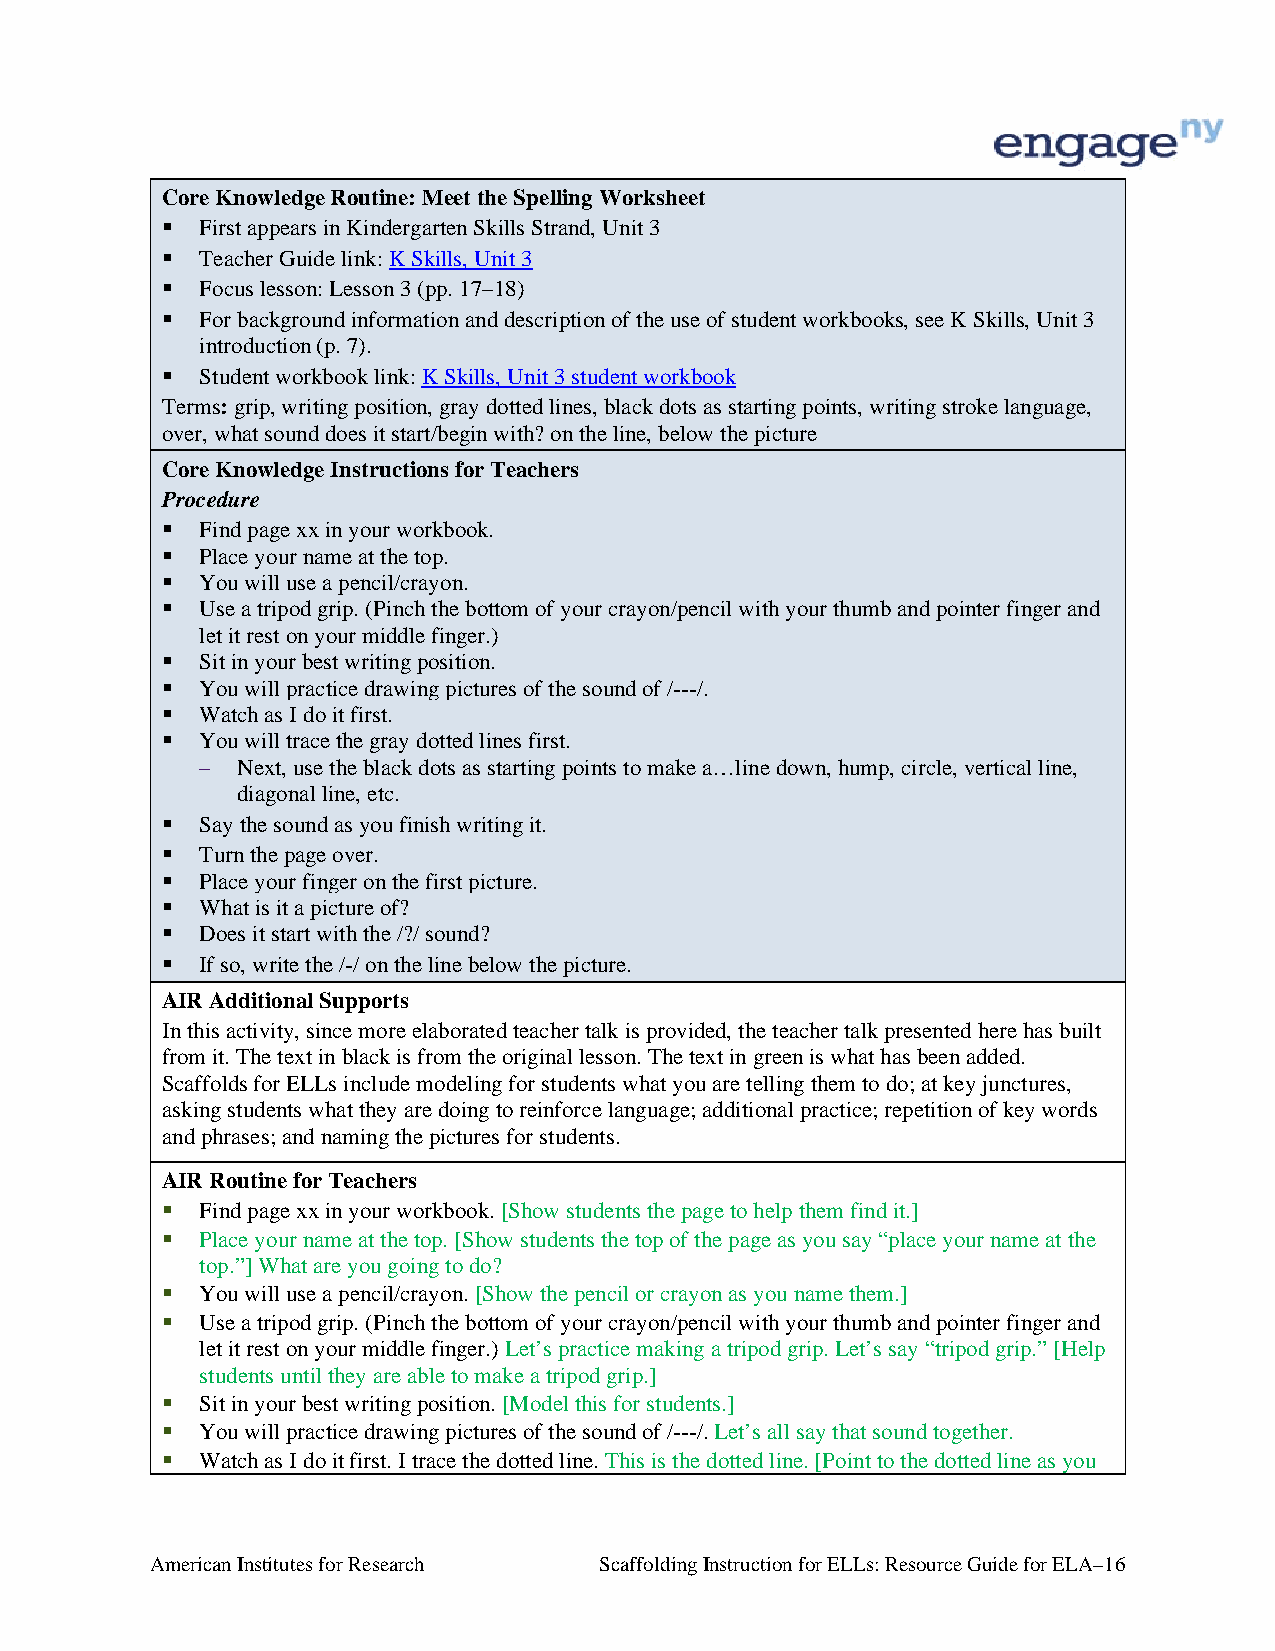
Core Knowledge Routine: Meet the Spelling Worksheet
  First appears in Kindergarten Skills Strand, Unit 3
  Teacher Guide link: K Skills, Unit 3
  Focus lesson: Lesson 3 (pp. 17–18)
  For background information and description of the use of student workbooks, see K Skills, Unit 3
 introduction (p. 7).
  Student workbook link: K Skills, Unit 3 student workbook
 Terms: grip, writing position, gray dotted lines, black dots as starting points, writing stroke language,
 over, what sound does it start/begin with? on the line, below the picture
 Core Knowledge Instructions for Teachers
 Procedure
  Find page xx in your workbook.
  Place your name at the top.
  You will use a pencil/crayon.
  Use a tripod grip. (Pinch the bottom of your crayon/pencil with your thumb and pointer finger and
 let it rest on your middle finger.)
  Sit in your best writing position.
  You will practice drawing pictures of the sound of /---/.
  Watch as I do it first.
  You will trace the gray dotted lines first.
 –  Next, use the black dots as starting points to make a…line down, hump, circle, vertical line,
 diagonal line, etc.
  Say the sound as you finish writing it.
  Turn the page over.
  Place your finger on the first picture.
  What is it a picture of?
  Does it start with the /?/ sound?
  If so, write the /-/ on the line below the picture.
 AIR Additional Supports
 In this activity, since more elaborated teacher talk is provided, the teacher talk presented here has built
 from it. The text in black is from the original lesson. The text in green is what has been added.
 Scaffolds for ELLs include modeling for students what you are telling them to do; at key junctures,
 asking students what they are doing to reinforce language; additional practice; repetition of key words
 and phrases; and naming the pictures for students.
 AIR Routine for Teachers
  Find page xx in your workbook. [Show students the page to help them find it.]
  Place your name at the top. [Show students the top of the page as you say “place your name at the
 top.”] What are you going to do?
  You will use a pencil/crayon. [Show the pencil or crayon as you name them.]
  Use a tripod grip. (Pinch the bottom of your crayon/pencil with your thumb and pointer finger and
 let it rest on your middle finger.) Let’s practice making a tripod grip. Let’s say “tripod grip.” [Help
 students until they are able to make a tripod grip.]
  Sit in your best writing position. [Model this for students.]
  You will practice drawing pictures of the sound of /---/. Let’s all say that sound together.
  Watch as I do it first. I trace the dotted line. This is the dotted line. [Point to the dotted line as you
 American Institutes for Research Scaffolding Instruction for ELLs: Resource Guide for ELA–16